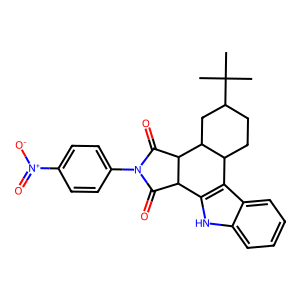
SMILES: CC(C)(C)C1CCC2c3c([nH]c4ccccc34)C3C(=O)N(c4ccc([N+](=O)[O-])cc4)C(=O)C3C2C1
Inhibits HIV replication: No